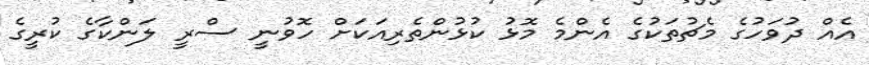
އެއް ދުވަހުގެ މެޗުތަކުގެ އެންމެ މޮޅު ކުޅުންތެރިއަކަށް ހޮވުނީ ސްރީ ލަންކާގެ ކުރީގެ